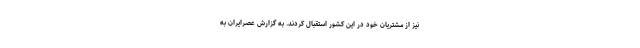
نیز از مشتریان خود در این کشور استقبال کردند. به گزارش عصرایران به